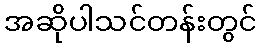
အဆိုပါသင်တန်းတွင်